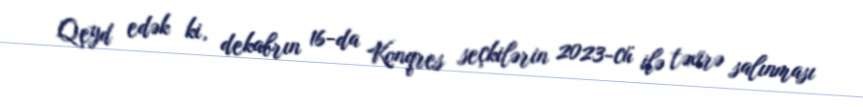
Qeyd edək ki, dekabrın 16-da Konqres seçkilərin 2023-cü ilə təxirə salınması